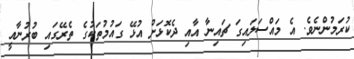
ކުރަމުންނެވެ. އެ މައްސަލައިގަ ޗައިނާ އާއި ދެކޮޅަށް އުޅޭ ގައުމުތަކުގެ ތެރޭގައި ބުރުނާއީ